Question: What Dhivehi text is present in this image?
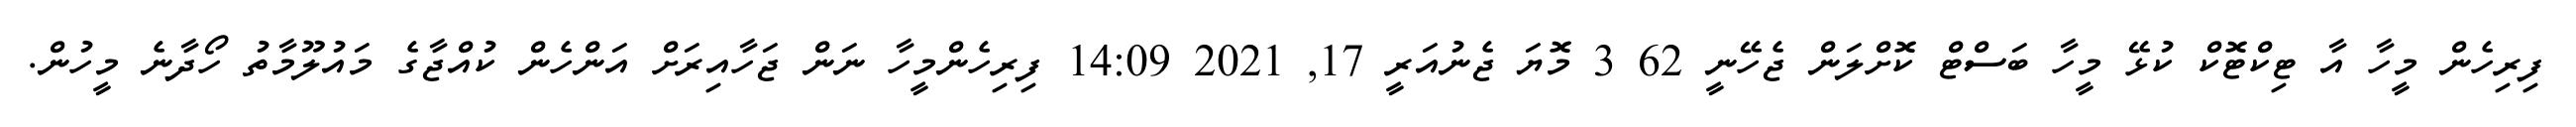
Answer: ފިރިހެން މީހާ އާ ޓިކްޓޮކް ކުޅޭ މީހާ ބަސްޓް ކޮށްލަން ޖެހޭނީ 62 3 މޮޔަ ޖެނުއަރީ 17, 2021 14:09 ފިރިހެންމީހާ ނަން ޖަހާއިރަށް އަންހެން ކުއްޖާގެ މައުލޫމާތު ހޯދާނެ މީހުން.